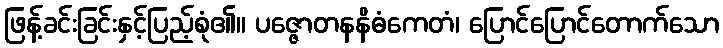
ဖြန့်ခင်းခြင်းနှင့်ပြည့်စုံ၏။ ပဇ္ဇောတနနိဓံကေတံ၊ ပြောင်ပြောင်တောက်သော